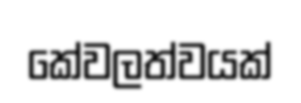
කේවලත්වයක්